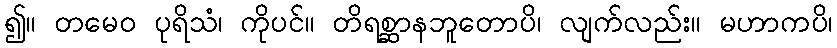
၍။ တမေဝ ပုရိသံ၊ ကိုပင်။ တိရစ္ဆာနဘူတောပိ၊ လျက်လည်း။ မဟာကပိ၊